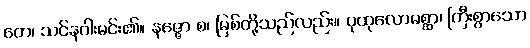
တေ၊ သင်နဂါးမင်း၏။ နဇ္ဇော စ၊ မြစ်တို့သည်လည်း။ ပုထုလောမစ္ဆာ၊ ကြီးစွာသော